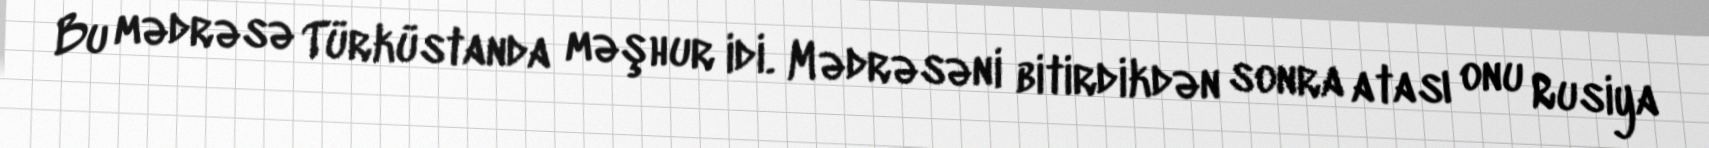
Bu mədrəsə Türküstanda məşhur idi. Mədrəsəni bitirdikdən sonra atası onu Rusiya